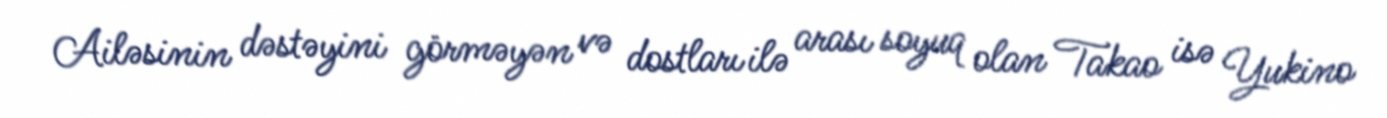
Ailəsinin dəstəyini görməyən və dostları ilə arası soyuq olan Takao isə Yukino